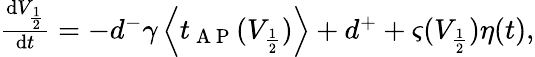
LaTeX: \begin{array}{r}{\frac{\mathrm{d}V_{\frac{1}{2}}}{\mathrm{d}t}=-d^{-}\gamma\left\langle t_{\mathrm{~A~P~}}(V_{\frac{1}{2}})\right\rangle+d^{+}+\varsigma(V_{\frac{1}{2}})\eta(t),}\end{array}